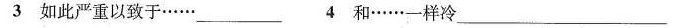
3 如此严重以致于……\underline 4 和……一样冷\underline